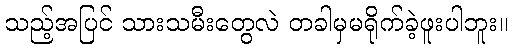
သည့်အပြင် သားသမီးတွေလဲ တခါမှမရိုက်ခဲ့ဖူးပါဘူး။